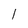
Character: I